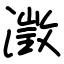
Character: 澂